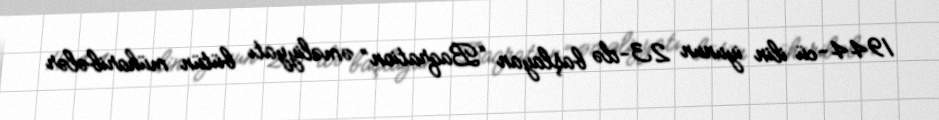
1944-cü ilin iyunun 23-də başlayan “Baqration” əməliyyatı bütün müharibələr